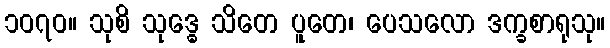
၁၀၇၀။ သုစိ သုဒ္ဓေ သိတေ ပူတေ၊ ပေသလော ဒက္ခစာရုသု။